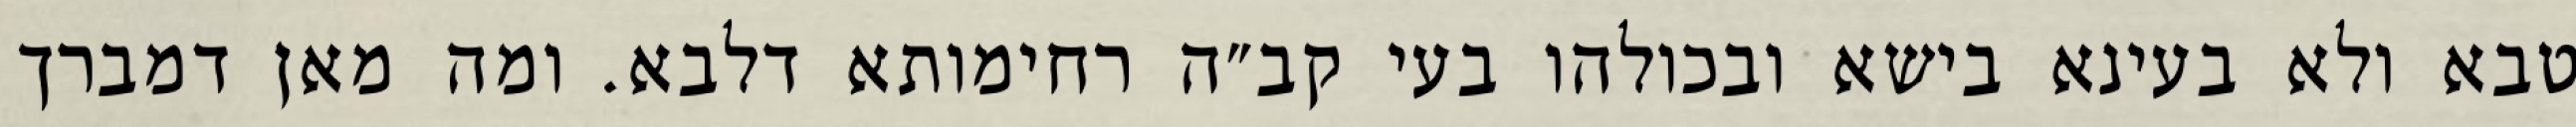
טבא ולא בעינא בישא ובכולהו בעי קב״ה רחימותא דלבא. ומה מאן דמברך